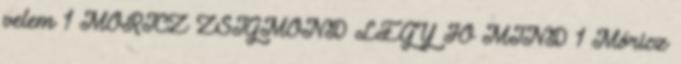
velem 1 MÓRICZ ZSIGMOND LÉGY JÓ MIND 1 Móricz